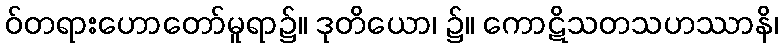
ဝ်တရားဟောတော်မူရာ၌။ ဒုတိယော၊ ၌။ ကောဋိသတသဟဿာနိ၊